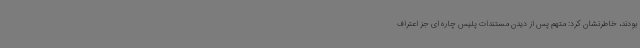
بودند، خاطرنشان کرد: متهم پس از دیدن مستندات پلیس چاره ای جز اعتراف